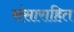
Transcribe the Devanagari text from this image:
संसाराहित